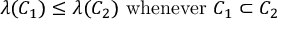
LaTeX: \lambda ( C _ { 1 } ) \leq \lambda ( C _ { 2 } ) { \mathrm { ~ w h e n e v e r ~ } } C _ { 1 } \subset C _ { 2 }